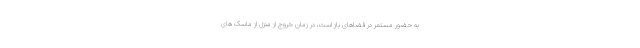
به حضور مستمر در فضاهای باز است، در زمان خروج از منزل از ماسک های